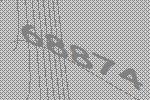
68874